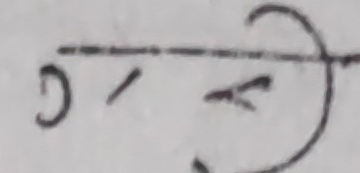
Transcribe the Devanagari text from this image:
(ग/र)